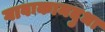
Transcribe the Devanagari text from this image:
गावःकामदुधा